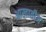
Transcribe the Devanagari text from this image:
आखातीज